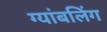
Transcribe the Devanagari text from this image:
ग्यांबलिंग